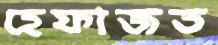
হেফাজত